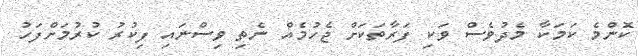
ކޮންމެ ކަމަކާ މެދުވެސް ވަކި ފަރާތަކަށް ޖެހުމެއް ނެތި ވިސްނައި ފިކުރު ކުރުމަށްފަހު